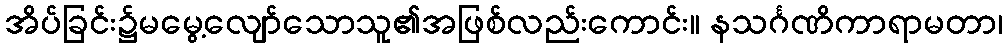
အိပ်ခြင်း၌မမွေ့လျော်သောသူ၏အဖြစ်လည်းကောင်း။ နသင်္ဂဏိကာရာမတာ၊